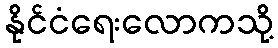
နိုင်ငံရေးလောကသို့